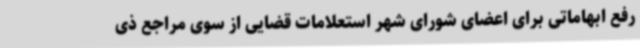
رفع ابهاماتی برای اعضای شورای شهر استعلامات قضایی از سوی مراجع ذی